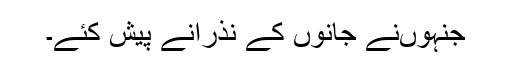
جنہوںنے جانوں کے نذرانے پیش کئے۔